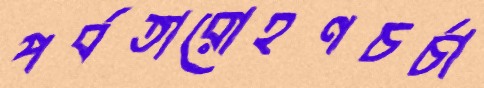
পর্বতারোহণচর্চা